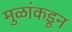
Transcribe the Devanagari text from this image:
मुळांकडून